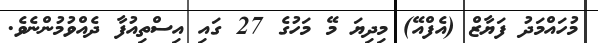
މުހައްމަދު ފަޔާޒް (އެފްއޭ) މިދިޔަ މޭ މަހުގެ 27 ގައި އިސްތިއުފާ ދެއްވުމުންނެެވެ.